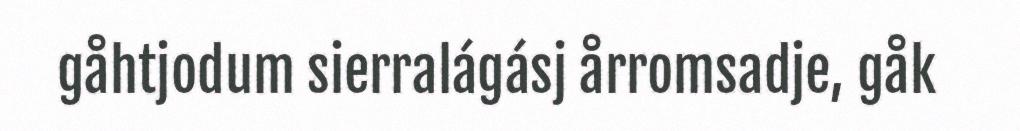
gåhtjodum sierralágásj årromsadje, gåk